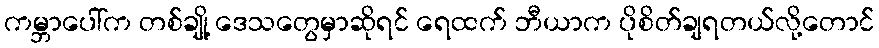
ကမ္ဘာပေါ်က တစ်ချို့ ဒေသတွေမှာဆိုရင် ရေထက် ဘီယာက ပိုစိတ်ချရတယ်လို့တောင်